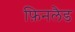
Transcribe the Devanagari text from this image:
फ़िनलैड